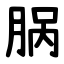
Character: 脶